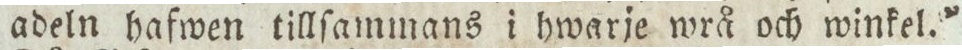
adeln hafwen tillſammans i hwarje wrå och winkel.”